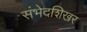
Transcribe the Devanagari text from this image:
संभेदशिखर